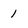
Character: 1